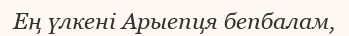
Ең үлкені Арыепця бепбалам,